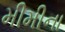
મીમીના